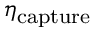
\eta _ { \mathrm { c a p t u r e } }